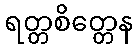
ရတ္တစိတ္တေန